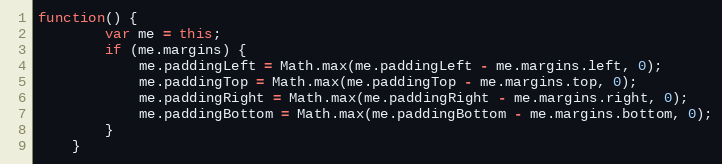
Language: JavaScript
function() {
		var me = this;
		if (me.margins) {
			me.paddingLeft = Math.max(me.paddingLeft - me.margins.left, 0);
			me.paddingTop = Math.max(me.paddingTop - me.margins.top, 0);
			me.paddingRight = Math.max(me.paddingRight - me.margins.right, 0);
			me.paddingBottom = Math.max(me.paddingBottom - me.margins.bottom, 0);
		}
	}